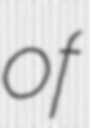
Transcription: of